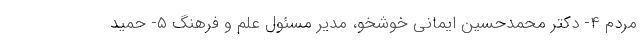
مردم ۴- دکتر محمدحسین ایمانی خوشخو، مدیر مسئول علم و فرهنگ ۵- حمید